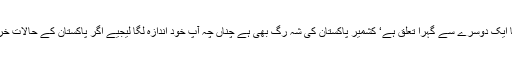
“ راجہ فاروق حیدر کا کہنا تھا”کشمیر اور پاکستان کا ایک دوسرے سے گہرا تعلق ہے‘ کشمیر پاکستان کی شہ رگ بھی ہے چناں چہ آپ خود اندازہ لگا لیجیے اگر پاکستان کے حالات خراب ہوں گے تو شہ رگ کیسے مطمئن رہ سکے گی؟